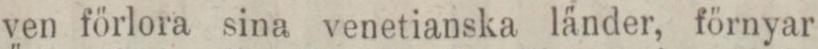
ven förlora sina venetianska länder, förnyar